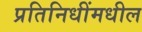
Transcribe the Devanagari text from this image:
प्रतिनिधींमधील